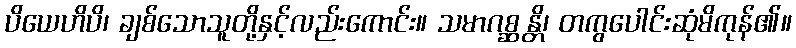
ပိယေဟိပိ၊ ချစ်သောသူတို့နှင့်လည်းကောင်း။ သမာဂစ္ဆန္တိ၊ တကွပေါင်းဆုံမိကုန်၏။